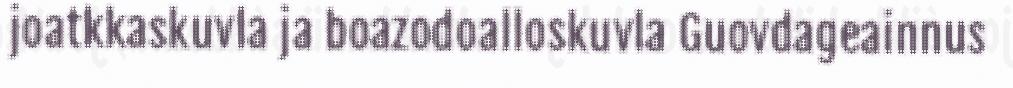
joatkkaskuvla ja boazodoalloskuvla Guovdageainnus